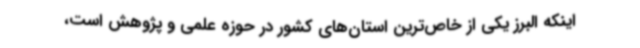
اینکه البرز یکی از خاص‌ترین استان‌های کشور در حوزه علمی و پژوهش است،